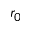
r _ { 0 }